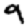
Digit: 9